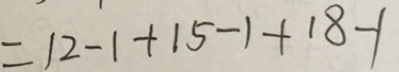
= 1 2 - 1 + 1 5 - 1 + 1 8 - 1